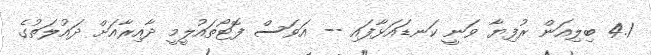
4.1 ބިލިއަން ރުފިޔާ ވަނީ ކަނޑައަޅާފައި -- އަވަސް ފޮޓޯތައުލީމީ ދާއިރާއަށް ދައުލަތުގެ